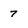
Character: 7